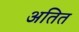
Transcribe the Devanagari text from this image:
अतित